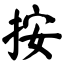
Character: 按